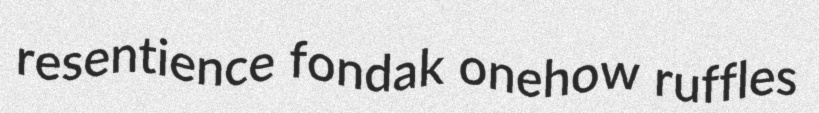
resentience fondak onehow ruffles